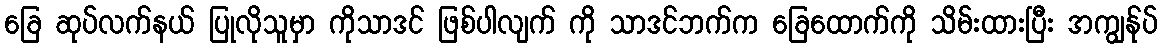
ခြေ ဆုပ်လက်နယ် ပြုလိုသူမှာ ကိုသာဒင် ဖြစ်ပါလျက် ကို သာဒင်ဘက်က ခြေထောက်ကို သိမ်းထားပြီး အကျွန်ုပ်